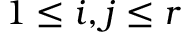
1 \leq i , j \leq r